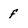
Character: f